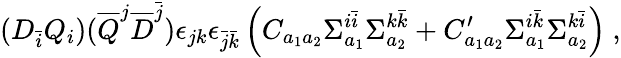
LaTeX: (D_{\bar{i}}Q_{i})({\overline{{Q}}}^{j}{\overline{{D}}}^{\bar{j}})\epsilon_{jk}\epsilon_{{\bar{j}}{\bar{k}}}\left(C_{a_{1}a_{2}}\Sigma_{a_{1}}^{i{\bar{i}}}\Sigma_{a_{2}}^{k{\bar{k}}}+C_{a_{1}a_{2}}^{\prime}\Sigma_{a_{1}}^{i{\bar{k}}}\Sigma_{a_{2}}^{k{\bar{i}}}\right)~,